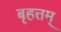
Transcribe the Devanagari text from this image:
बृहत्तम्